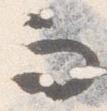
而